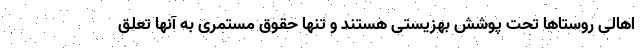
اهالی روستاها تحت پوشش بهزیستی هستند و تنها حقوق مستمری به آنها تعلق